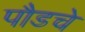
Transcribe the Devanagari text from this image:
पौडचे